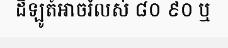
ដីឡូត៍អាចរំលស់ ៨០ ៩០ ឬ